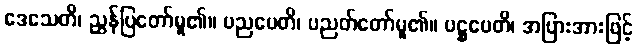
ဒေသေတိ၊ ညွှန်ပြတော်မူ၏။ ပညပေတိ၊ ပညတ်တော်မူ၏။ ပဋ္ဌပေတိ၊ အပြားအားဖြင့်